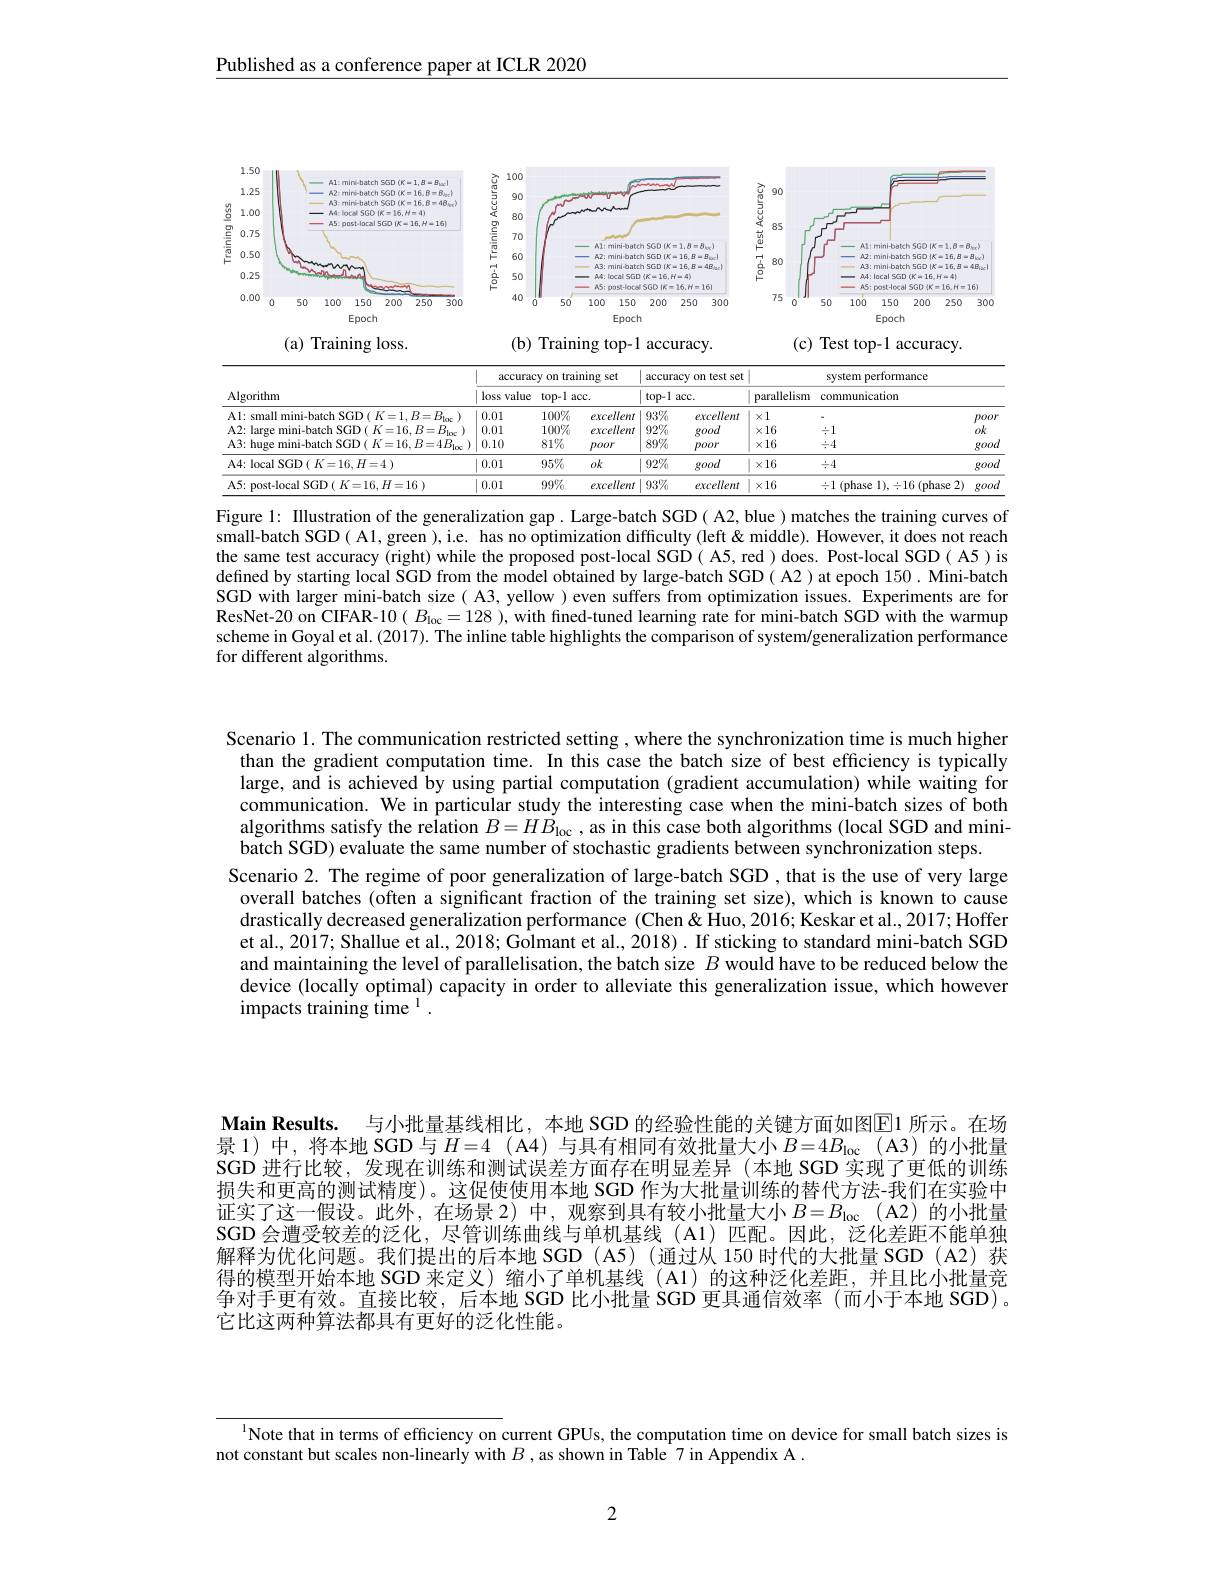
Published as a conference paper at ICLR 2020

<FigureHere>
( a) Training loss.
(b) Training top-1 accuracy.
(c) Test top-1 accuracy.

<table>
	<tbody>
		<tr>
			<th rowspan="4">Algorithm Al: small mini-batch SGD $(K=1,B=B_{\mathrm{loc}})$ $\Delta2:$ large mini-hatch SGD( K=16, B=R.</th>
			<th colspan="3">accuracy on training set</th>
			<th colspan="2">accuracy on test set top-1 acc.</th>
			<th rowspan="1">accuracy on test set</th>
			<th colspan="2">system performance</th>
		</tr>
		<tr>
			<th>loss value</th>
			<th colspan="2">$top-1$ $=\frac{1}{2}$ $acc.$</th>
			<th colspan="2">$top-1$ $acc.$</th>
			<th>parallelism</th>
			<th>communication</th>
			<th> </th>
		</tr>
		<tr>
			<th>0.01</th>
			<th>$100\%$</th>
			<th>excellent</th>
			<th>$93\%$</th>
			<th>excellent</th>
			<th>$x1$</th>
			<th> </th>
			<th>poor</th>
		</tr>
		<tr>
			<th>0.01</th>
			<th>$100\%$</th>
			<th>excellent</th>
			<th>$92\%$</th>
			<th>good</th>
			<th>$\times16$</th>
			<th>$\div1$</th>
			<th>$ok$</th>
		</tr>
		<tr>
			<th>A3: huge mini-batch SGD( $K=16,B=4B_{\mathrm{l}\infty})$</th>
			<th>0.10</th>
			<th>$81\%$</th>
			<th>poor</th>
			<th>$89\%$</th>
			<th>poor</th>
			<th>$\times16$</th>
			<th>$\div4$</th>
			<th>good</th>
		</tr>
		<tr>
			<td>A4: local SGD ( $K= 16, H= 4$ )</td>
			<td>0.01</td>
			<td>$95\%$</td>
			<td>$ok$</td>
			<td>$92\%$</td>
			<td>good</td>
			<td>$\times16$</td>
			<td>$\div4$</td>
			<td>good</td>
		</tr>
		<tr>
			<td>A5: post- local SGD ( $K= 16, H= 16$ )</td>
			<td>0.01</td>
			<td>$99\%$</td>
			<td>excellent</td>
			<td>$93\%$</td>
			<td>excellent</td>
			<td>$\times16$</td>
			<td>$\div1$ (phase $1),\div16$ (phase 2)</td>
			<td>good</td>
		</tr>
	</tbody>
</table>
Figure 1: Illustration of the generalization gap . Large-batch SGD( A2, blue ) matches the training curves of

small-batch SGD( A1, green ), i.e. has no optimization difficulty (left&middle). However, it does not reach the same test accuracy (right) while the proposed post-local SGD( A5, red ) does. Post-local SGD( A5) is defined by starting local SGD from the model obtained by large-batch SGD( A2) at epoch 150. Mini-batch SGD with larger mini-batch size( A3, yellow ) even suffers from optimization issues. Experiments are for ResNet-20 on CIFAR-10 $(B_{\mathrm{loc}}=128$ ), with fined-tuned learning rate for mini-batch SGD with the warmup scheme in Goyal et al. (2017). The inline table highlights the comparison of system/generalization performance for different algorithms.

Scenario 1. The communication restricted setting , where the synchronization time is much higher than the gradient computation time. In this case the batch size of best efficiency is typically large, and is achieved by using partial computation (gradient accumulation) while waiting for communication. We in particular study the interesting case when the mini-batch sizes of both algorithms satisfy the relation $B=H\dot{B}_{\mathrm{loc}}$, as in this case both algorithms (local SGD and minibatch SGD) evaluate the same number of stochastic gradients between synchronization steps.
Scenario 2. The regime of poor generalization of large-batch SGD ,that is the use of very large overall batches (often a significant fraction of the training set size), which is known to cause drastically decreased generalization performance (Chen&Huo,2016; Keskar et al., 2017; Hoffer et al., 2017; Shallue et al., 2018; Golmant et al., 2018). If sticking to standard mini-batch SGD and maintaining the level of parallelisation, the batch size $B$ would have to be reduced below the device (locally optimal) capacity in order to alleviate this generalization issue, which however impacts training $\hat{\text{time}}^{1}.$

Main Results. 与小批量基线相比，本地 SGD 的经验性能的关键方面如图$\boxed{\mathrm{E}}1$ 所示。在场景 1) 中，将本地 SGD 与$H=4$ (A4) 与具有相同有效批量大小$B=4B_{\mathrm{loc}}$ (A3)的小批量SGD 进行比较，发现在训练和测试误差方面存在明显差异(本地 SGD 实现了更低的训练损失和更高的测试精度)。这促使使用本地 SGD 作为大批量训练的替代方法-我们在实验中证实了这一假设。此外，在场景2)中，观察到具有较小批量大小$B= B_{\mathrm{loc}}$ (A2)的小批量SGD 会遭受较差的泛化，尽管训练曲线与单机基线 (A1)匹配。因此，泛化差距不能单独解释为优化问题。我们提出的后本地 SGD (A5)(通过从 150 时代的大批量 SGD (A2)获得的模型开始本地 SGD 来定义)缩小了单机基线(A1)的这种泛化差距，并且比小批量竞争对手更有效。直接比较，后本地 SGD 比小批量 SGD 更具通信效率 (而小于本地 SGD)。它比这两种算法都具有更好的泛化性能。

$^{1}$Note that in terms of efficiency on current GPUs, the computation time on device for small batch sizes is
not constant but scales non-linearly with $B$ , as shown in Table 7 in Appendix A .

2